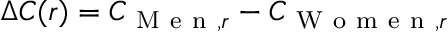
\Delta C ( r ) = C _ { \mathrm { ~ M ~ e ~ n ~ } , r } - C _ { \mathrm { ~ W ~ o ~ m ~ e ~ n ~ } , r }